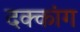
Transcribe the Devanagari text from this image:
दक्कांग